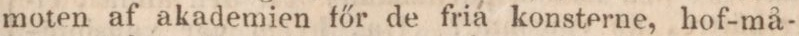
moten af akademien főr de fria konsterne, hof-må-